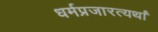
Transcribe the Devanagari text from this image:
धर्मप्रजारत्यर्थां